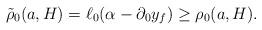
LaTeX: \begin{align*} \tilde{\rho}_0(a, H) = \ell_0(\alpha- \partial_0 y_f) \geq \rho_0(a, H).\end{align*}